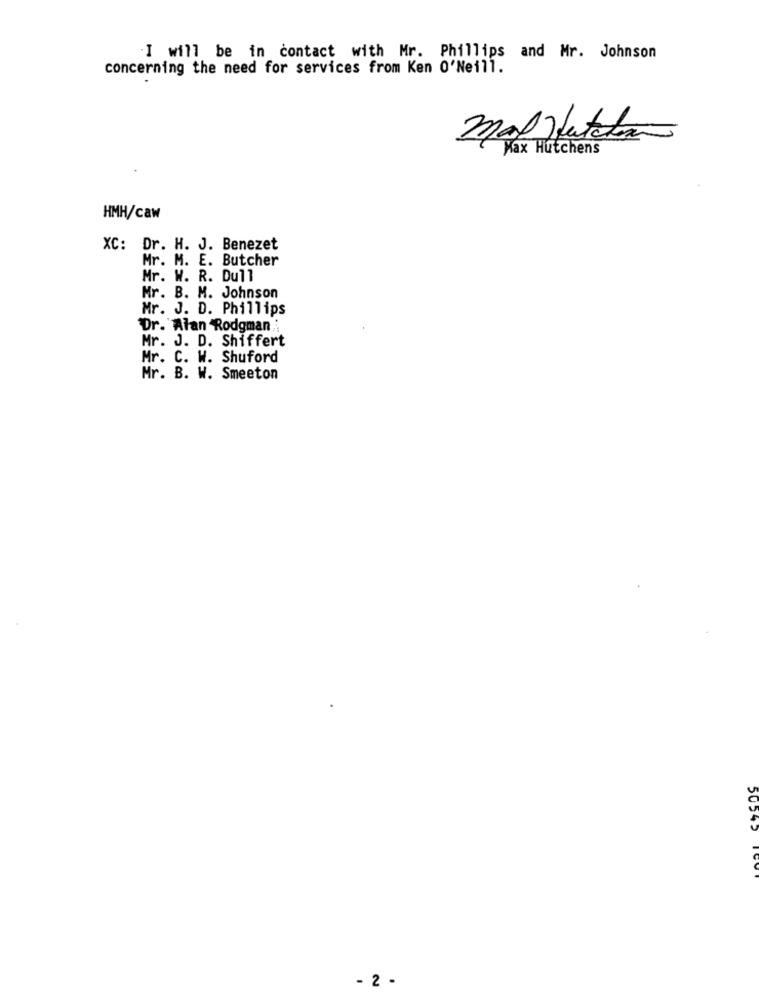
. I will be in contact with Mr. Phillips and Mr. Johnson
concerning the need for services from Ken O'Neill.
mal fatto
Max Hutchens
HMH/caw
XC: Dr. H. J. Benezet
Mr. M. E. Butcher
Mr. W. R. Dull
Mr. B. M. Johnson
Mr. J. D. Phillips
Dr. Alan Rodgman
Mr. J. D. Shiffert
Mr. C. W. Shuford
Mr. B. W. Smeeton
- 2 -